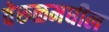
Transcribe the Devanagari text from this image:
वेरुळमधील